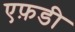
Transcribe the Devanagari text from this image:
एफ़डी